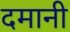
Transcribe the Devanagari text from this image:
दमानी